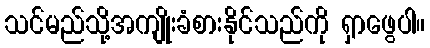
သင်မည်သို့အကျိုးခံစားနိုင်သည်ကို ရှာဖွေပါ။